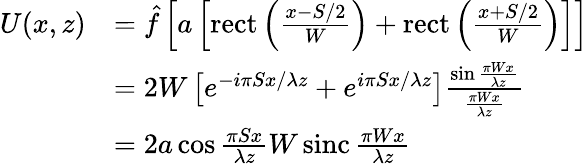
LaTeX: {\begin{array}{rl}{U(x,z)}&{={\hat{f}}\left[a\left[\operatorname{rect}\left({\frac{x-S/2}{W}}\right)+\operatorname{rect}\left({\frac{x+S/2}{W}}\right)\right]\right]}\\ &{=2W\left[e^{-i\pi Sx/\lambda z}+e^{i\pi Sx/\lambda z}\right]{\frac{\sin{\frac{\pi Wx}{\lambda z}}}{\frac{\pi Wx}{\lambda z}}}}\\ &{=2a\cos{\frac{\pi Sx}{\lambda z}}W\operatorname{sinc}{\frac{\pi Wx}{\lambda z}}}\end{array}}